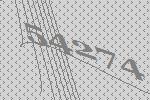
54274